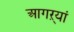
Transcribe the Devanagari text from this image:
आगऱ्यां